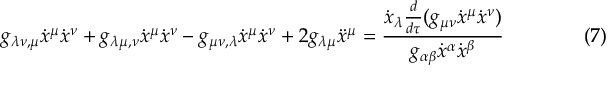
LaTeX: g _ { \lambda \nu , \mu } { \dot { x } } ^ { \mu } { \dot { x } } ^ { \nu } + g _ { \lambda \mu , \nu } { \dot { x } } ^ { \mu } { \dot { x } } ^ { \nu } - g _ { \mu \nu , \lambda } { \dot { x } } ^ { \mu } { \dot { x } } ^ { \nu } + 2 g _ { \lambda \mu } { \ddot { x } } ^ { \mu } = { \frac { { \dot { x } } _ { \lambda } { \frac { d } { d \tau } } ( g _ { \mu \nu } { \dot { x } } ^ { \mu } { \dot { x } } ^ { \nu } ) } { g _ { \alpha \beta } { \dot { x } } ^ { \alpha } { \dot { x } } ^ { \beta } } } \qquad \qquad ( 7 )